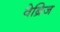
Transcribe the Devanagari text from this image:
वेब्रिज